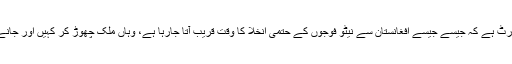
’واشنگٹن پوسٹ‘ کی رپورٹ ہے کہ جیسے جیسے افغانستان سے نیٹو فوجوں کے حتمی انخلا کا وقت قریب آتا جارہا ہے، وہاں ملک چھوڑ کر کہیں اور جانے کا رُجحان بڑھ رہا ہے۔